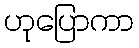
ဟုပြောကာ